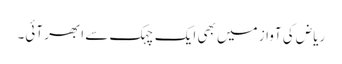
ریاض کی آواز میں بھی ایک چہک سے ابھر آئی۔